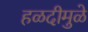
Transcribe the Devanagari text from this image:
हळदीमुळे